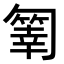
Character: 𠤄